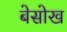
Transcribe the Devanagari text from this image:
बेसोख